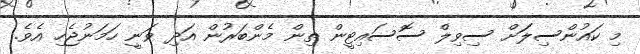
މި ކައުންސިލަަށް ސިވިލް ސޮސައިޓީން ތިން މެންބަރުން އަދި ވަނީ ހަމަނުޖެހި އެވެ.